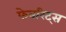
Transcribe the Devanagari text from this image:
फेवरिट्स